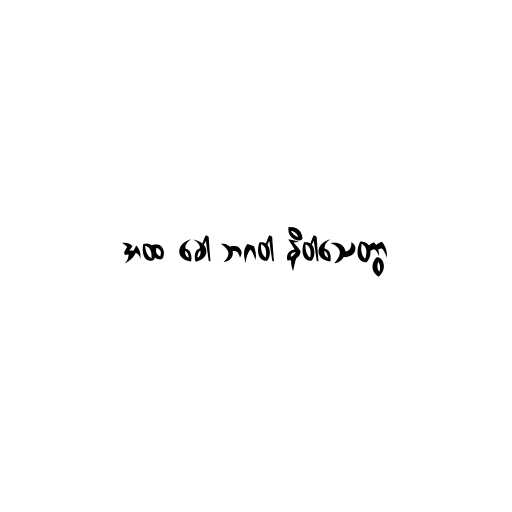
အထ ခေါ ဘဂဝါ နိဝါသေတွာ